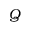
Q